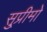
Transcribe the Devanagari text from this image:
सु्प्रीमो